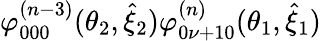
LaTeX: \varphi_{000}^{(n-3)}(\theta_{2},\hat{\xi}_{2})\varphi_{0\nu+10}^{(n)}(\theta_{1},\hat{\xi}_{1})